Indian journal of veterinary science and animal husbandry - Volumes 22-23, 1952-1953
Year: 1952
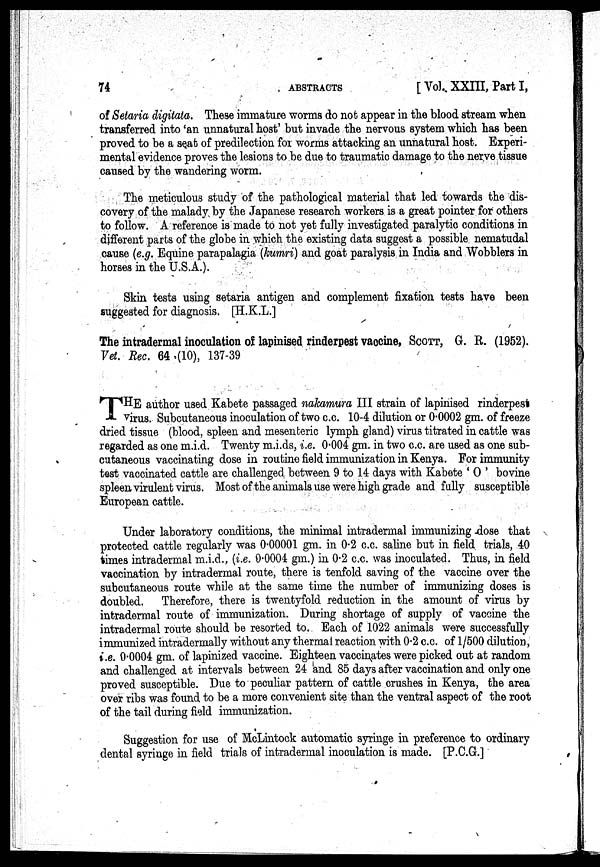
74
ABSTRACTS
[ Vol. XXIII, Part I,
of Setaria digitata. These immature worms do not appear in the blood stream when
transferred into 'an unnatural host' but invade the nervous system which has been
proved to be a seat of predilection for worms attacking an unnatural host. Experi-
mental evidence proves the lesions to be due to traumatic damage to the nerve tissue
caused by the wandering worm.
The meticulous study of the pathological material that led towards the dis-
covery of the malady by the Japanese research workers is a great pointer for others
to follow. A reference is made to not yet fully investigated paralytic conditions in
different parts of the globe in which the existing data suggest a possible, nematudal
cause (e.g. Equine parapalagia (kumri) and goat paralysis in India and Wobblers in
horses in the U.S.A.).
Skin tests using setaria antigen and complement fixation tests have been
suggested for diagnosis. [H.K.L.]
The intradermal inoculation of lapinised rinderpest vaccine, SCOTT, G. R. (1952).
Vet. Rec. 64 .(10), 137-39
T HE author used Kabete passaged nakamura III strain of lapinised rinderpest
virus. Subcutaneous inoculation of two c.c. 10-4 dilution or 0.0002 gm. of freeze
dried tissue (blood, spleen and mesenteric lymph gland) virus titrated in cattle was
regarded as one m.i.d. Twenty m.i.ds, i.e. 0.004 gm. in two c.c. are used as one sub-
cutaneous vaccinating dose in routine field immunization in Kenya. For immunity
test vaccinated cattle are challenged between 9 to 14 days with Kabete ' O ' bovine
spleen virulent virus. Most of the animals use were high grade and fully susceptible
European cattle.
Under laboratory conditions, the minimal intradermal immunizing dose that
protected cattle regularly was 0.00001 gm. in 0.2 c.c. saline but in field trials, 40
times intradermal m.i.d., (i.e. 0.0004 gm.) in 0.2 c.c. was inoculated. Thus, in field
vaccination by intradermal route, there is tenfold saving of the vaccine over the
subcutaneous route while at the same time the number of immunizing doses is
doubled. Therefore, there is twentyfold reduction in the amount of virus by
intradermal route of immunization. During shortage of supply of vaccine the
intradermal route should be resorted to. Each of 1022 animals were successfully
immunized intradermally without any thermal reaction with 0.2 c.c. of 1/500 dilution,
i.e. 0.0004 gm. of lapinized vaccine. Eighteen vaccinates were picked out at random
and challenged at intervals between 24 and 85 days after vaccination and only one
proved susceptible. Due to peculiar pattern of cattle crushes in Kenya, the area
over ribs was found to be a more convenient site than the ventral aspect of the root
of the tail during field immunization.
Suggestion for use of McLintock automatic syringe in preference to ordinary
dental syringe in field trials of intradermal inoculation is made. [P.C.G.]